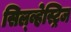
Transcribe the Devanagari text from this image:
सिल्व्हेस्ट्रिज